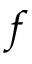
f